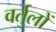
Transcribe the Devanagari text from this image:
वर्तुलों